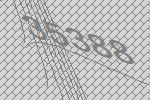
35388